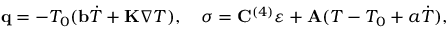
\begin{array} { r } { \mathbf q = - T _ { 0 } ( \mathbf b \dot { T } + \mathbf K \nabla T ) , \quad \boldsymbol { \sigma } = \mathbf C ^ { ( 4 ) } \boldsymbol { \varepsilon } + \mathbf A ( T - T _ { 0 } + a \dot { T } ) , } \end{array}